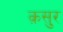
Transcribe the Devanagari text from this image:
क़सुर